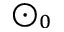
\odot _ { 0 }